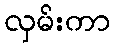
လှမ်းကာ